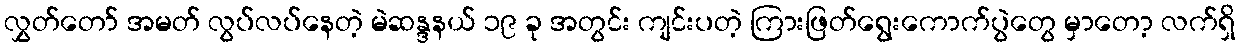
လွှတ်တော် အမတ် လွပ်လပ်နေတဲ့ မဲဆန္ဒနယ် ၁၉ ခု အတွင်း ကျင်းပတဲ့ ကြားဖြတ်ရွေးကောက်ပွဲတွေ မှာတော့ လက်ရှိ